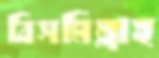
বিসমিল্লাহ